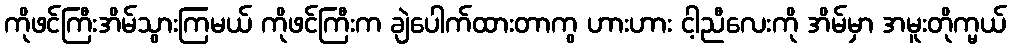
ကိုဖင်ကြီးအိမ်သွားကြမယ် ကိုဖင်ကြီးက ချဲပေါက်ထားတာကွ ဟားဟား ငါ့ညီလေးကို အိမ်မှာ အမူးတိုက္မယ်